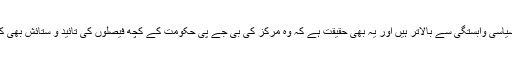
وہ اب کسی سیاسی وابستگی سے بالاتر ہیں اور یہ بھی حقیقت ہے کہ وہ مرکز کی بی جے پی حکومت کے کچھ فیصلوں کی تائید و ستائش بھی کرچکے ہیں ۔